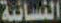
النسائية